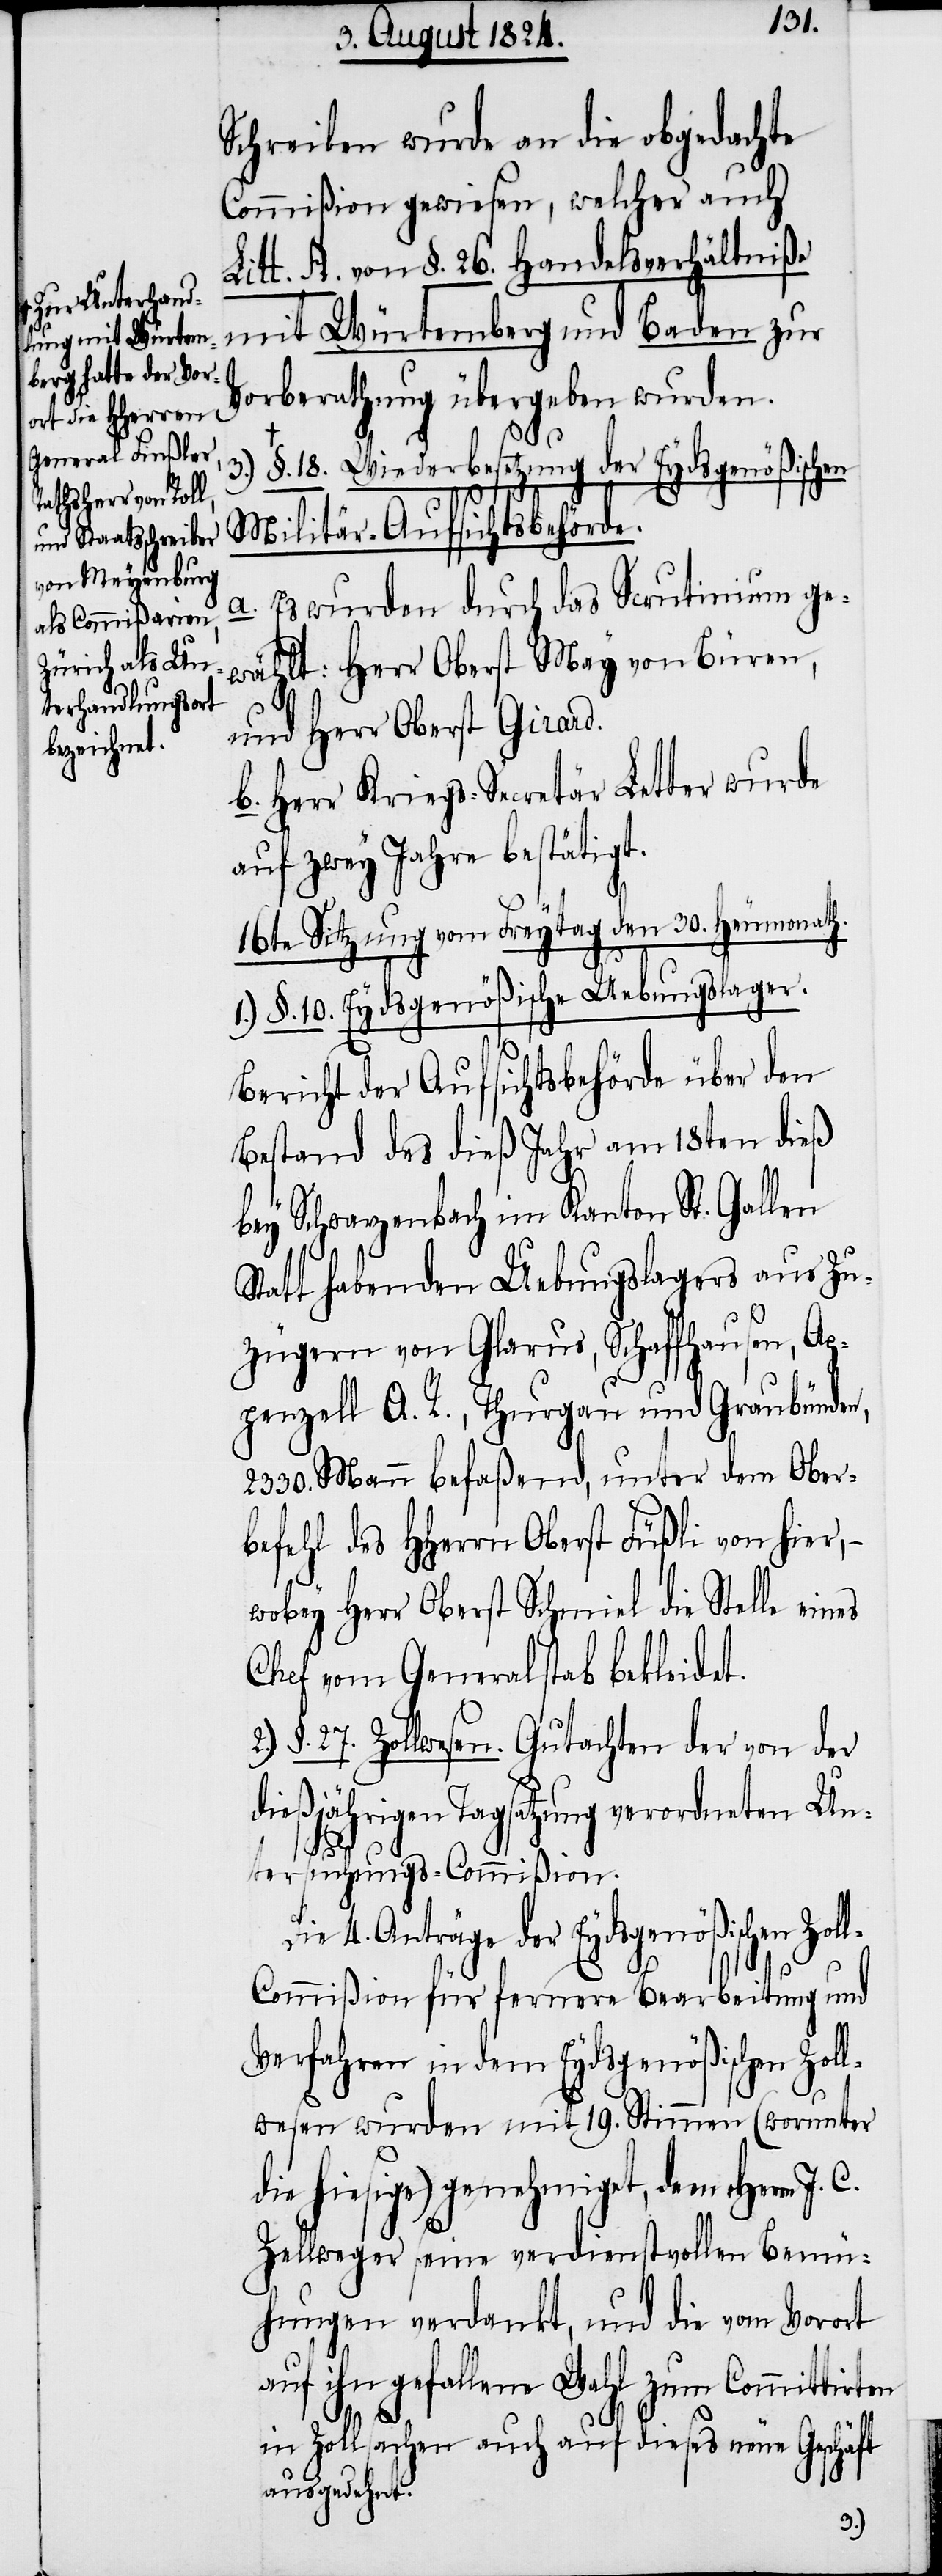
a-Zur Unterhand¬
lung mit Würtem¬
berg hatte der Vor¬
ort die HHerren
General Finßler,
Rathsherr von Roll,
und Staatsschreiber
von Meyenburg
als Commißaren,
Zürich als Un¬
terhandlungsort
bezeichne¬

Schreiben wurde an die obgedachte
Commißion gewiesen, welcher auch
Litt. A. von §. 26. Handelsverhältniße
mit Würtemberg und Baden zur
Vorberathung übergeben wurden.
3.)
§. 18. Wiederbesetzung der Eydsgenößischen
Militär-Aufsichtsbehörde.
a. Es wurden durch das Scrutinium ge¬
wählt: Herr oberst May von Büren,
und Herr Oberst Girard.
b. Herr Kriegs-Secretär Letter wurde
auf zwey Jahre bestätigt.
16te Sitzung vom Freytag den 30. Heumonath.
1.) §. 10. Eydsgenößische Uebungslager.
Bericht der Aufsichtsbehörde über den
Bestand des dieß Jahr am 18ten dieß
bey Schwarzenbach im Kanton St. Gallen
Statt habenden Uebungslagers aus Zu¬
zügern von Glarus, Schaffhausen, Ap¬
penzell A. R., Thurgau und Graubünden,
2330. Mann befaßend, unter dem Ober¬
befehl des HHerrn Oberst Füßli von hier, –
wobey Herr Oberst Schmiel die Stelle eines
Chef vom Generalstab bekleidet.
§. 27. Zollwesen. Gutachen der von der
dießjährigen Tagsatzung verordneten Un¬
Zol¬
tersuchungs-Commißion.
4. Anträge der Eydsgenößischen
l-Commißion für fernere Bearbeitung und
Verfahren in dem Eydsgenößischen Zol¬
lwesen wurden mit 19. Stimmen (worunter
die hiesige) genehmiget, dem Herrn
Zellweger seine verdienstvollen Bemü¬
hungen verdankt, und die vom Vorort
auf ihn gefallene Wahl zum Committirten
in Zollsachen auch auf dieses neue Geschäft
ausgedehnt.